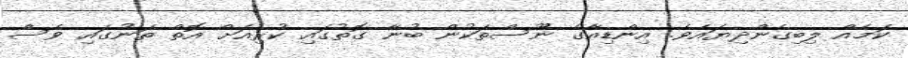
ކަމެއް ލިބިގެންދިޔައެވެ. އިންޑިއާގެ ނޫސްތަކުން ބުނާ ގޮތުގައި ކުރިއަށް އޮތް ތަނުގައި ވެސް